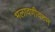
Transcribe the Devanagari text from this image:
भलावणीवरुन